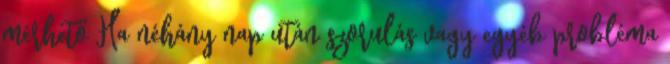
mérhető Ha néhány nap után szorulás vagy egyéb probléma